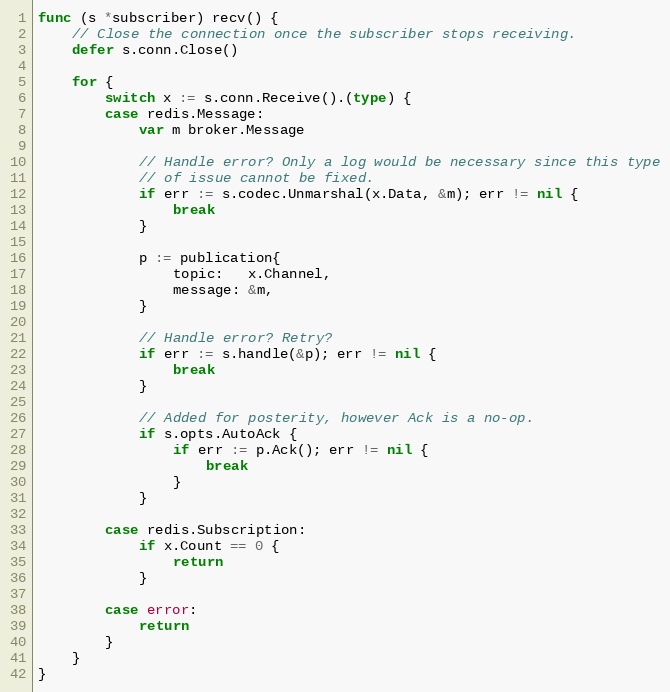
Language: Go
func (s *subscriber) recv() {
	// Close the connection once the subscriber stops receiving.
	defer s.conn.Close()

	for {
		switch x := s.conn.Receive().(type) {
		case redis.Message:
			var m broker.Message

			// Handle error? Only a log would be necessary since this type
			// of issue cannot be fixed.
			if err := s.codec.Unmarshal(x.Data, &m); err != nil {
				break
			}

			p := publication{
				topic:   x.Channel,
				message: &m,
			}

			// Handle error? Retry?
			if err := s.handle(&p); err != nil {
				break
			}

			// Added for posterity, however Ack is a no-op.
			if s.opts.AutoAck {
				if err := p.Ack(); err != nil {
					break
				}
			}

		case redis.Subscription:
			if x.Count == 0 {
				return
			}

		case error:
			return
		}
	}
}